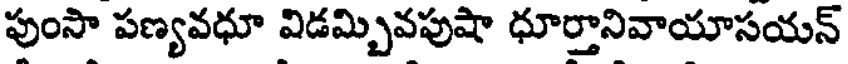
పుంసా పణ్యవధూ విడమ్బివపుషా ధూర్తానివాయాసయన్